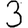
Digit: 3